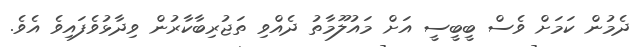
ދެމުން ކަމަށް ވެސް ބީބީސީ އަށް މައުލޫމާތު ދެއްވި ތަޖުރިބާކާރުން ވިދާޅުވެފައިވެ އެވެ.